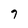
Character: 7